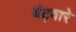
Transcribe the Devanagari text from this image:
बंट्वारे